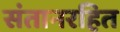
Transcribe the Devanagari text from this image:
संतानरहित